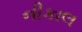
નીકાલ